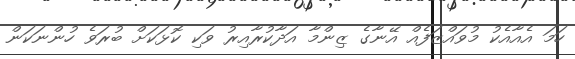
ހަމަ އެއާއެކު މުވައްޒަފެއް އޭނާގެ ޒިންމާ އަދާކުރާއިރު ވަކި ކޮޅަކަށް ބުރަވެ ހުންނަކަން